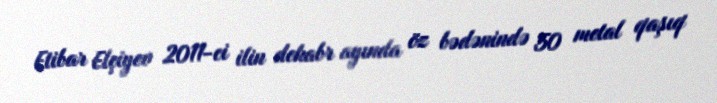
Etibar Elçiyev 2011-ci ilin dekabr ayında öz bədənində 50 metal qaşıq